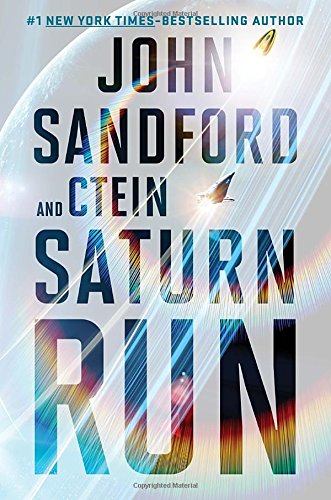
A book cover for Saturn Run; John Sandford; Mystery, Thriller & Suspense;